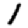
Digit: 1